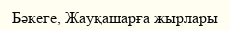
Бәкеге, Жауқашарға жырлары